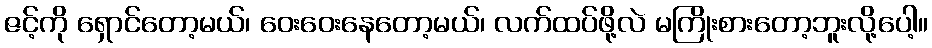
ဇင့်ကို ရှောင်တော့မယ်၊ ဝေးဝေးနေတော့မယ်၊ လက်ထပ်ဖို့လဲ မကြိုးစားတော့ဘူးလို့ပေါ့။